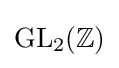
\operatorname {GL} _{2}(\mathbb {Z} )